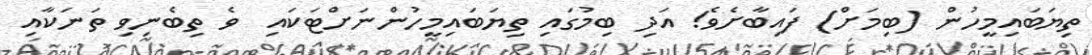
ތިޔަބައިމީހުން (ބިމަށް) ފައިބާށެވެ! އަދި ބިމުގައި ތިޔަބައިމީހުންނަށްޓަކައި  ވެ ތިބެނިވި ތަނަކާއި